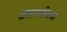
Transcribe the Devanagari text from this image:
छत्रपतीकडे